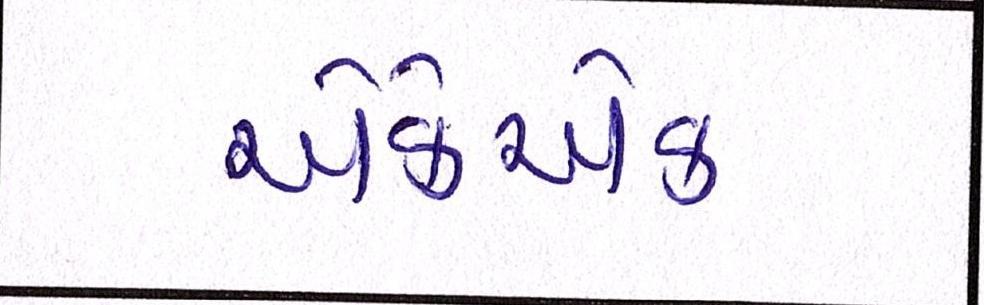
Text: એકેએક